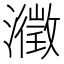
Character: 瀓